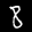
Label: 8